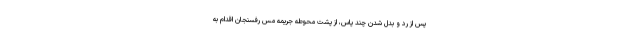
پس از رد و بدل شدن چند پاس، از پشت محوطه جریمه مس رفسنجان اقدام به